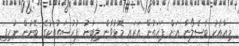
މިއާއެކު ބާސެލޯނާ އަށް ފަހަތުން އަރައ މޮޅުވާން ލިބުނު ފުރުސަތުތަކުގެ ބޭނުން ނުހިފި